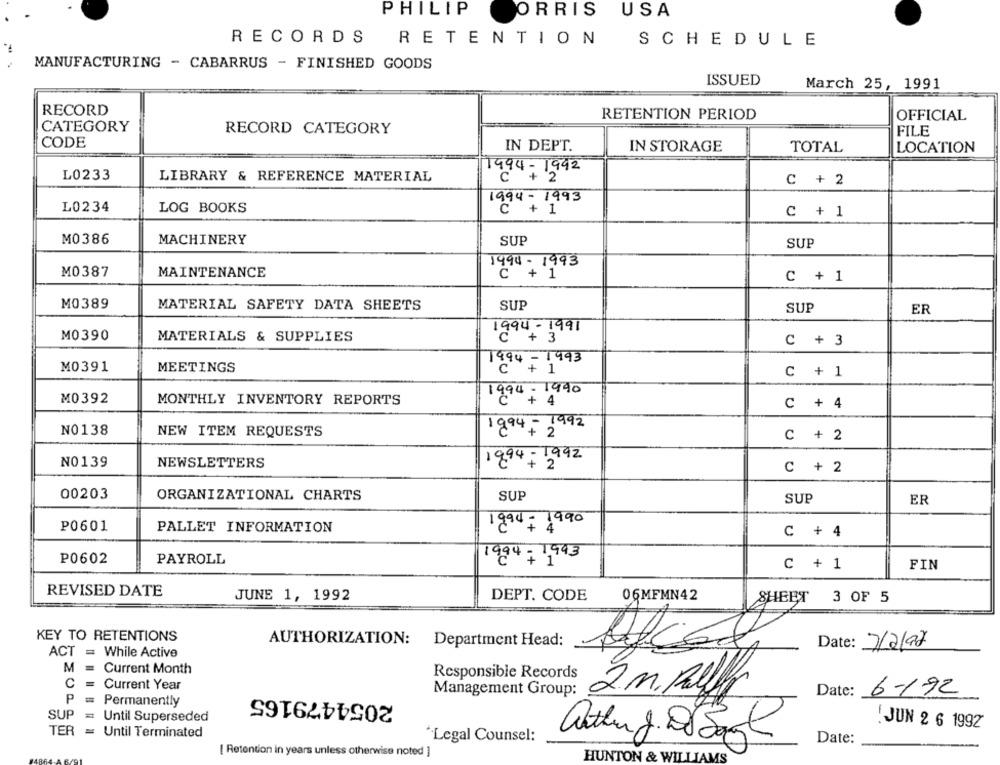
PHILIP
ORRIS USA
RECORDS RETENTION
SCHEDULE
MANUFACTURING - CABARRUS - FINISHED GOODS
ISSUED
March 25, 1991
RECORD
OFFICIAL
RETENTION PERIOD
CATEGORY
RECORD CATEGORY
FILE
CODE
IN DEPT.
IN STORAGE
TOTAL
LOCATION
L0233
1994-1992
LIBRARY & REFERENCE MATERIAL
C + 2
994- 1993
L0234
LOG BOOKS
C + 1
M0386
MACHINERY
SUP
SUP
1994-1993
M0387
MAINTENANCE
c +1
C + 1
M0389
MATERIAL SAFETY DATA SHEETS
SUP
SUP
ER
M0390
MATERIALS & SUPPLIES
994 - 1
C + 3
MEETINGS
1994-1993
M0391
C + 1
M0392
1994 - 1990
MONTHLY INVENTORY REPORTS
: 4
C + 4
1994- 1992
NO138
NEW ITEM REQUESTS
C + 2
1994- 1992
NO139
NEWSLETTERS
C + 2
00203
ORGANIZATIONAL CHARTS
SUP
SUP
ER
P0601
PALLET INFORMATION
1994- 1990
C + 4
P0602
PAYROLL
1994- 1993
C + 1
FIN
REVISED DATE
JUNE 1, 1992
DEPT. CODE
06MFMN42
SHEET 3 OF 5
KEY TO RETENTIONS
AUTHORIZATION:
Department Head:
Date: 7/2/92
ACT = While Active
M
Current Month
Responsible Records
C
Current Year
2054479165
Management Group:
2 m. Fall
Date:
6-192
P
=
Permanently
SUP
Until Superseded
JUN 2 6 1992
TER
= Until Terminated
'Legal Counsel:
Date:
athing. DJ Sagt
[ Retention in years unless otherwise noted ]
HUNTON & WILLIAMS